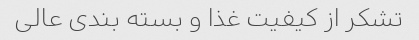
تشکر از کیفیت غذا و بسته بندی عالی